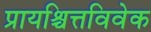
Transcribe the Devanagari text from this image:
प्रायश्चित्तविवेक